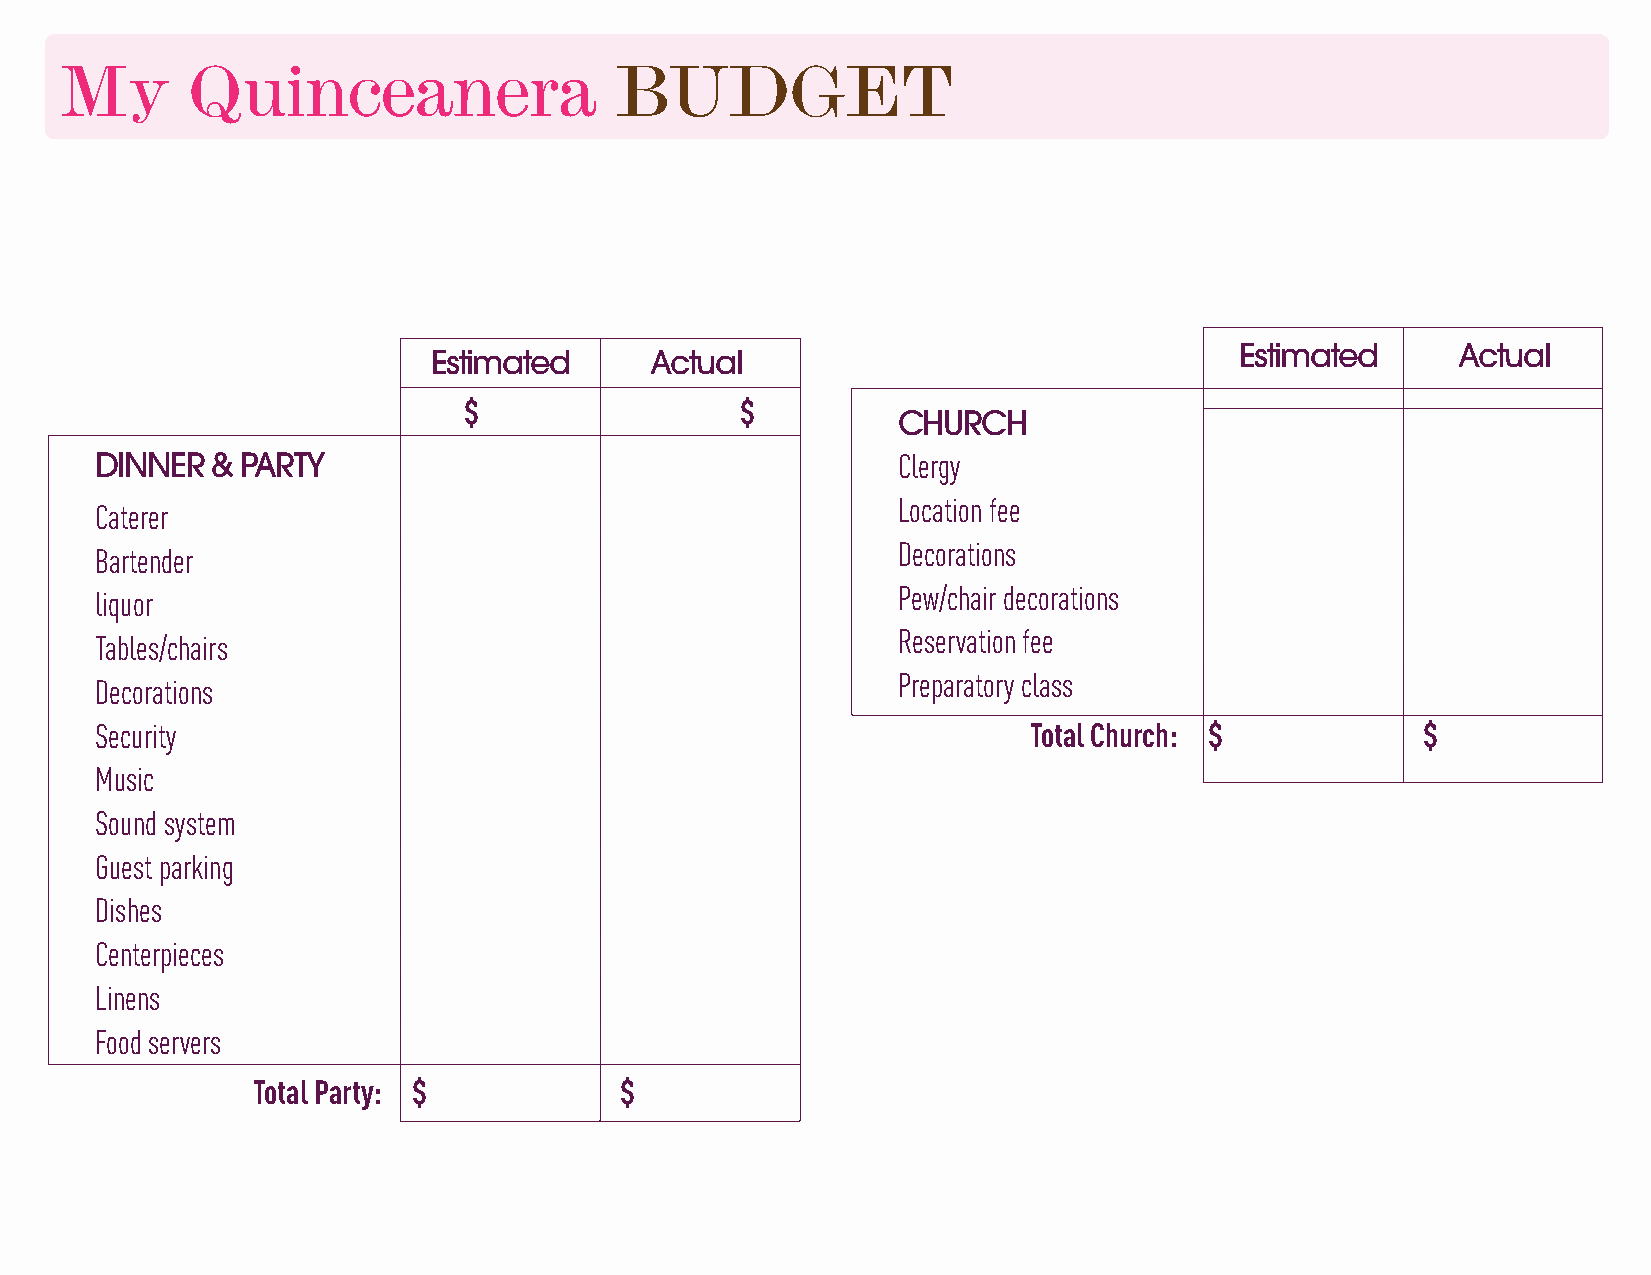
My      Quinceanera                  BUDGET
 Estimated      Actual
 Estimated     Actual
 $                 $
 CHURCH
 DINNER  & PARTY                                      Clergy
 Location fee
 Caterer
 Decorations
 Bartender
 Pew/chair decorations
 liquor
 Reservation fee
 Tables/chairs
 Preparatory class
 Decorations
 Security                                                      Total Church: $           $
 Music
 Sound system
 Guest parking
 Dishes
 Centerpieces
 Linens
 Food servers
 Total Party: $          $